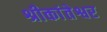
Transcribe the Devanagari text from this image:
श्रीकांतेश्वर